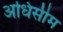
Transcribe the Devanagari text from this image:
अधिसीम